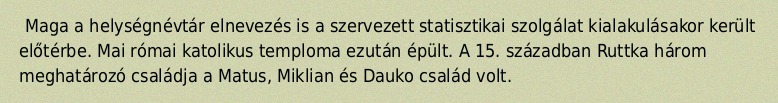
Maga a helységnévtár elnevezés is a szervezett statisztikai szolgálat kialakulásakor került előtérbe. Mai római katolikus temploma ezután épült. A 15. században Ruttka három meghatározó családja a Matus, Miklian és Dauko család volt.